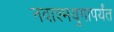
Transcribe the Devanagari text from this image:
नवाश्मयुगापर्यंत